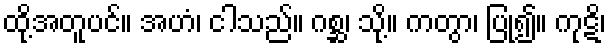
ထို့အတူပင်။ အဟံ၊ ငါသည်။ ဂစ္ဆ၊ သို့။ ကတွာ၊ ပြု၍။ ကုဋိ၊